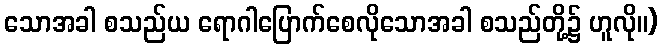
သောအခါ စသည်ယ ရောဂါပြောက်စေလိုသောအခါ စသည်တို့၌ ဟူလို။)